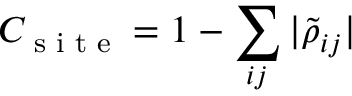
C _ { \textrm { s i t e } } = 1 - \sum _ { i j } | \tilde { \rho } _ { i j } |